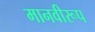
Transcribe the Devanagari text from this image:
मानवीरूप